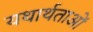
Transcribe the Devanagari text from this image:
यथार्थताओं